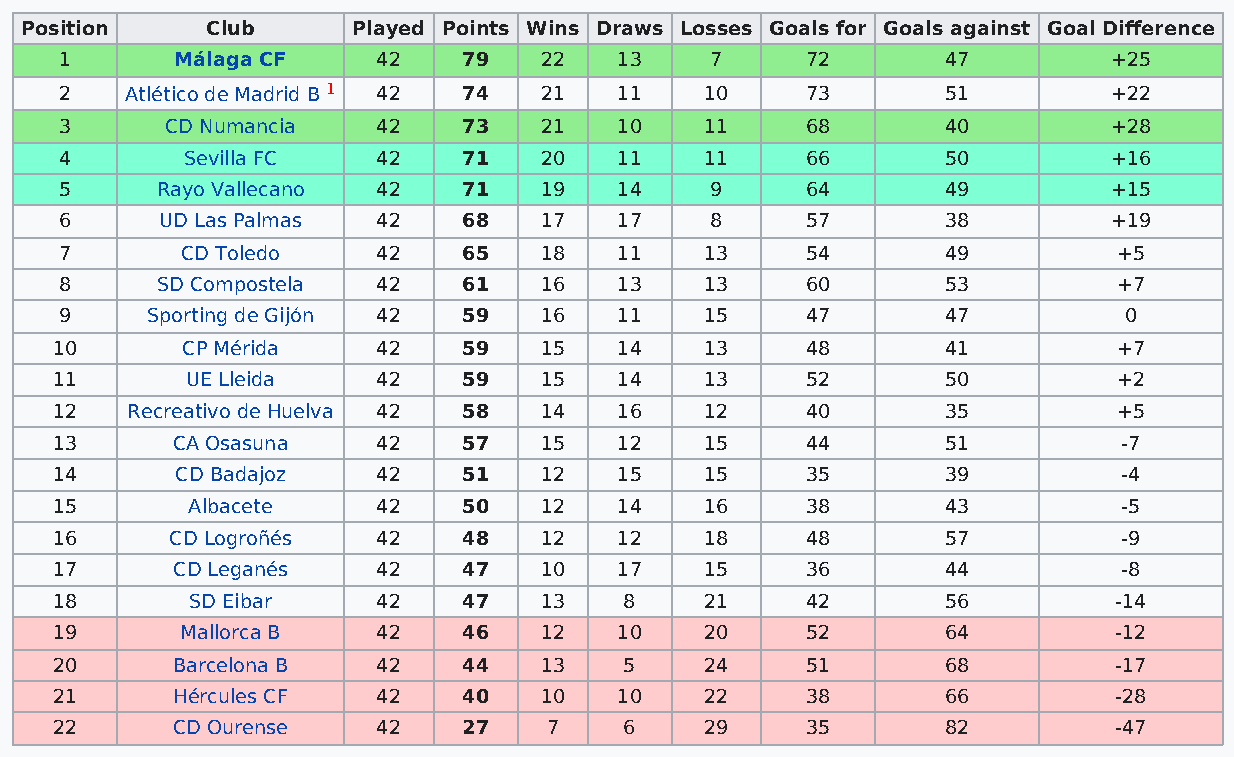
Position     Club     Played Points Wins Draws Losses Goals for Goals against Goal Difference
 1       Málaga CF    42    79   22   13    7     72        47        +25
 2   Atlético de Madrid B 1 42 74 21  11    10    73        51        +22
 3      CD Numancia   42    73   21   10    11    68        40        +28
 4       Sevilla FC   42    71   20   11    11    66        50        +16
 5     Rayo Vallecano 42    71   19   14    9     64        49        +15
 6      UD Las Palmas 42    68   17   17    8     57        38        +19
 7       CD Toledo    42    65   18   11    13    54        49         +5
 8     SD Compostela  42    61   16   13    13    60        53         +7
 9     Sporting de Gijón 42 59   16   11    15    47        47         0
 10       CP Mérida    42    59   15   14    13    48        41         +7
 11       UE Lleida    42    59   15   14    13    52        50         +2
 12   Recreativo de Huelva 42 58  14   16    12    40        35         +5
 13      CA Osasuna    42    57   15   12    15    44        51         -7
 14       CD Badajoz   42    51   12   15    15    35        39         -4
 15       Albacete     42    50   12   14    16    38        43         -5
 16      CD Logroñés   42    48   12   12    18    48        57         -9
 17      CD Leganés    42    47   10   17    15    36        44         -8
 18        SD Eibar    42    47   13   8     21    42        56         -14
 19       Mallorca B   42    46   12   10    20    52        64         -12
 20      Barcelona B   42    44   13   5     24    51        68         -17
 21      Hércules CF   42    40   10   10    22    38        66         -28
 22      CD Ourense    42    27   7    6     29    35        82         -47